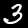
Digit: 3